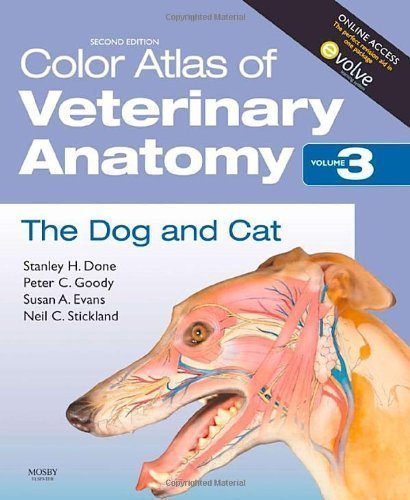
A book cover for Color Atlas of Veterinary Anatomy, Volume 3, The Dog and Cat, 2e by Done BA BVetMed PhD DECPHM DECVP FRCVS FRCPath, Stanley H. Published by Mosby 2nd (second) edition (2009) Paperback; Medical Books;